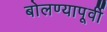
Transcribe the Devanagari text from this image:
बोलण्यापूर्वी